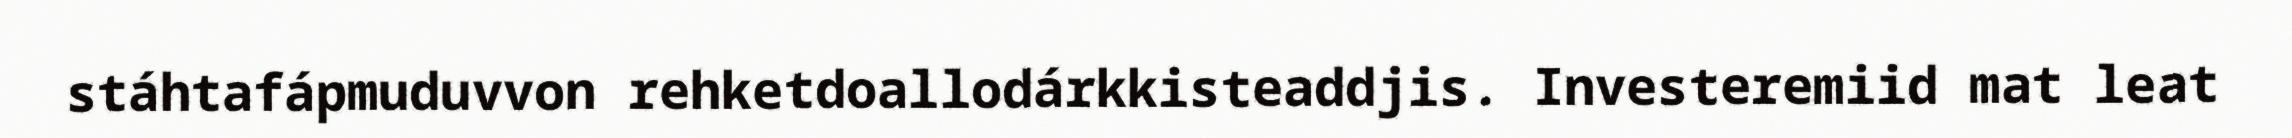
stáhtafápmuduvvon rehketdoallodárkkisteaddjis. Investeremiid mat leat